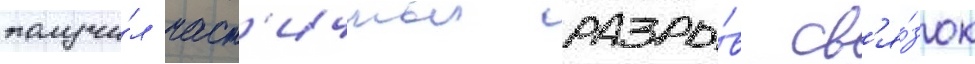
получи́л част'ичныи разры́в св'я́зок